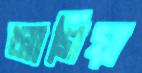
মাগিয়া